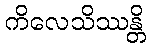
ကိလေသိဿန္တိ